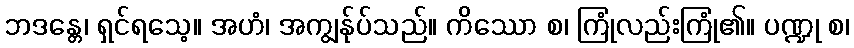
ဘဒန္တေ၊ ရှင်ရသေ့။ အဟံ၊ အကျွန်ုပ်သည်။ ကိဿော စ၊ ကြုံလည်းကြုံ၏။ ပဏ္ဍု စ၊